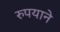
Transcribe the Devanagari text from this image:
रुपयाने